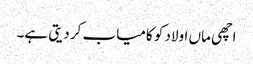
اچھی ماں اولاد کو کامیاب کر دیتی ہے۔